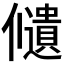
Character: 𠑌